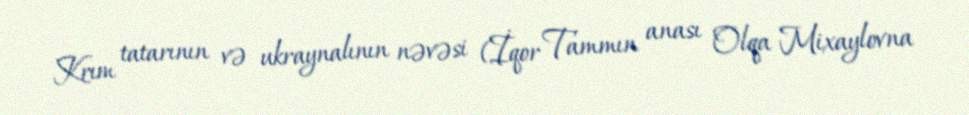
Krım tatarının və ukraynalının nəvəsi (İqor Tammın anası Olqa Mixaylovna